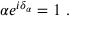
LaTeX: \alpha e ^ { i \delta _ { \alpha } } = 1 \ .